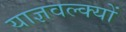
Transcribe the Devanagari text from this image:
याज्ञवल्क्यों